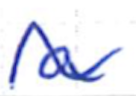
Text: a
Cross-out: wave
Writing tool: ballpoint